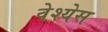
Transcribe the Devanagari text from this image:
वेश्येस